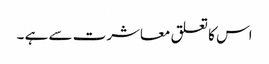
اس کا تعلق معاشرت سے ہے ۔